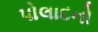
પોલાદનો